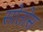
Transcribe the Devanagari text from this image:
सोतोस